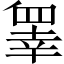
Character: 睾